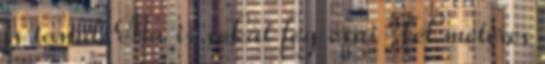
is tanul Ma is sokat fog esni Fél méteres